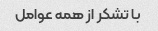
با تشکر از همه عوامل